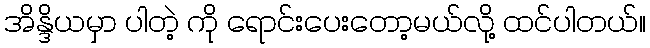
အိန္ဒိယမှာ ပါတဲ့ ကို ရောင်းပေးတော့မယ်လို့ ထင်ပါတယ်။